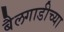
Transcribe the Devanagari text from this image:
बैलगाडीच्या